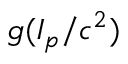
g ( I _ { p } / c ^ { 2 } )